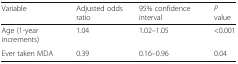
| Variable | Adjusted odds ratio | 95% confidence interval | P value |
 | --- | --- | --- | --- |
 | Age (1-year increments) | 1.04 | 1.02–1.05 | <0.001 |
 | Ever taken MDA | 0.39 | 0.16–0.96 | 0.04 |